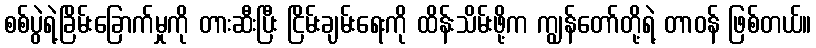
စစ်ပွဲရဲ့ခြိမ်းခြောက်မှုကို တားဆီးပြီး ငြိမ်းချမ်းရေးကို ထိန်းသိမ်းဖို့က ကျွန်တော်တို့ရဲ့ တာဝန် ဖြစ်တယ်။